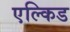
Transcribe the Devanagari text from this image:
एल्किड